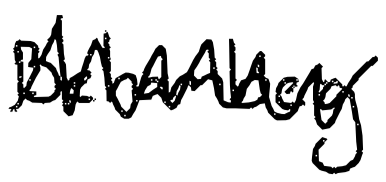
Text: Behamberg
Cross-out: mix
Writing tool: digital_black